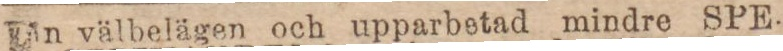
En välbelägen och upparbetad mindre SPE-